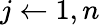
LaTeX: j\leftarrow 1,n